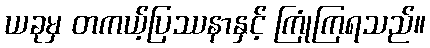
ယခုမှ တကယ့်ပြဿနာနှင့် ကြုံကြရသည်။